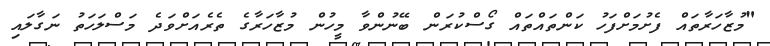
"މުޒާހަރާތައް ފެށުމަށްފަހު ކަންތައްތައް ގޯސްކުރަން ބޭނުންވާ މީހުން މުޒާހަރާގެ ތެރެއަށްވަދެ މަސްލަހަތު ނަގާލައި